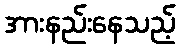
အားနည်းနေသည့်